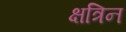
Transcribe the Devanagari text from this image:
क्षत्रिन